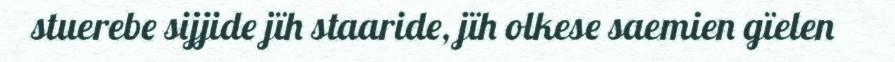
stuerebe sijjide jïh staaride, jïh olkese saemien gïelen